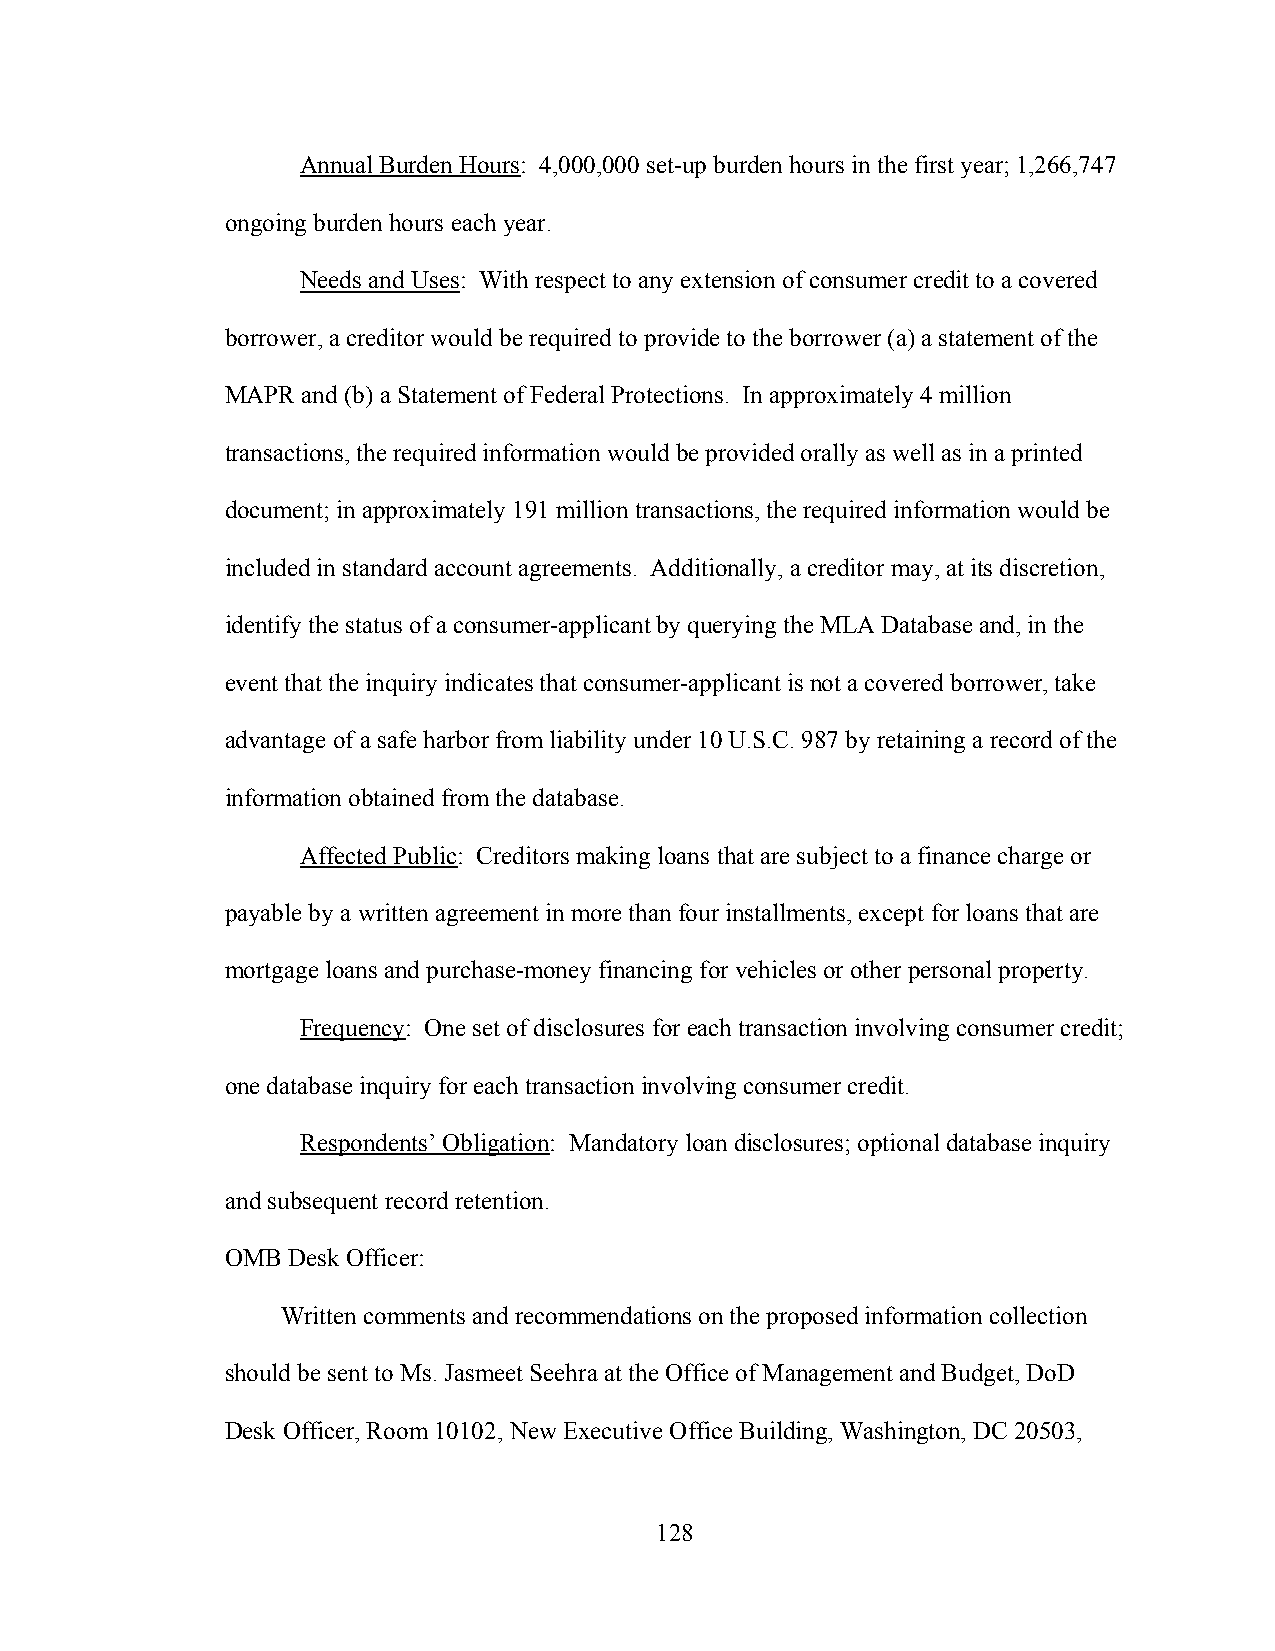
Annual Burden Hours: 4,000,000 set-up burden hours in the first year; 1,266,747
 ongoing burden hours each year.
 Needs and Uses: With respect to any extension of consumer credit to a covered
 borrower, a creditor would be required to provide to the borrower (a) a statement of the
 MAPR and (b) a Statement of Federal Protections. In approximately 4 million
 transactions, the required information would be provided orally as well as in a printed
 document; in approximately 191 million transactions, the required information would be
 included in standard account agreements. Additionally, a creditor may, at its discretion,
 identify the status of a consumer-applicant by querying the MLA Database and, in the
 event that the inquiry indicates that consumer-applicant is not a covered borrower, take
 advantage of a safe harbor from liability under 10 U.S.C. 987 by retaining a record of the
 information obtained from the database.
 Affected Public: Creditors making loans that are subject to a finance charge or
 payable by a written agreement in more than four installments, except for loans that are
 mortgage loans and purchase-money financing for vehicles or other personal property.
 Frequency: One set of disclosures for each transaction involving consumer credit;
 one database inquiry for each transaction involving consumer credit.
 Respondents’ Obligation: Mandatory loan disclosures; optional database inquiry
 and subsequent record retention.
 OMB Desk Officer:
 Written comments and recommendations on the proposed information collection
 should be sent to Ms. Jasmeet Seehra at the Office of Management and Budget, DoD
 Desk Officer, Room 10102, New Executive Office Building, Washington, DC 20503,
 128